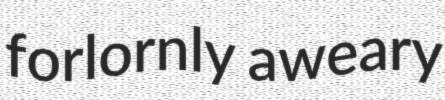
forlornly aweary